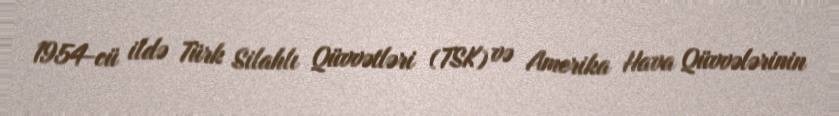
1954-cü ildə Türk Silahlı Qüvvətləri (TSK) və Amerika Hava Qüvvələrinin